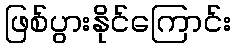
ဖြစ်ပွားနိုင်ကြောင်း